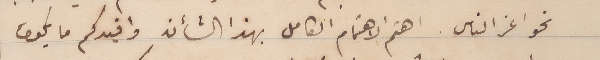
نحو اعز الناس. اهتم الاهتمام الكامل بهذا الشأن وافيدكم ما يكون